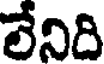
లేనిది